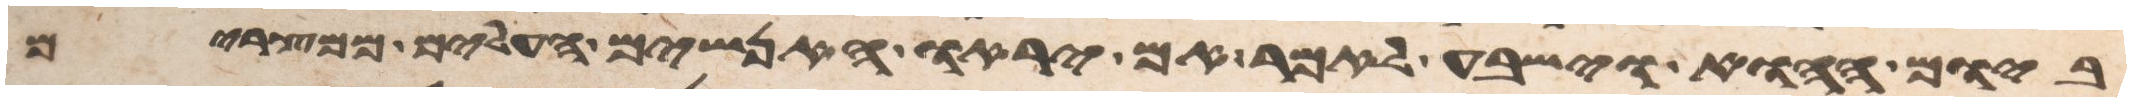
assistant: ביום ההוא וישבע לאמר אם יראו האנשים העלים ממצרים